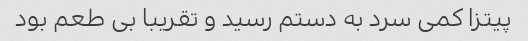
پیتزا کمی سرد به دستم رسید و تقریبا بی طعم بود